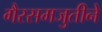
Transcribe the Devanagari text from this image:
गैरसमजुतीने